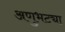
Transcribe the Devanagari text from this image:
अणुभट्या